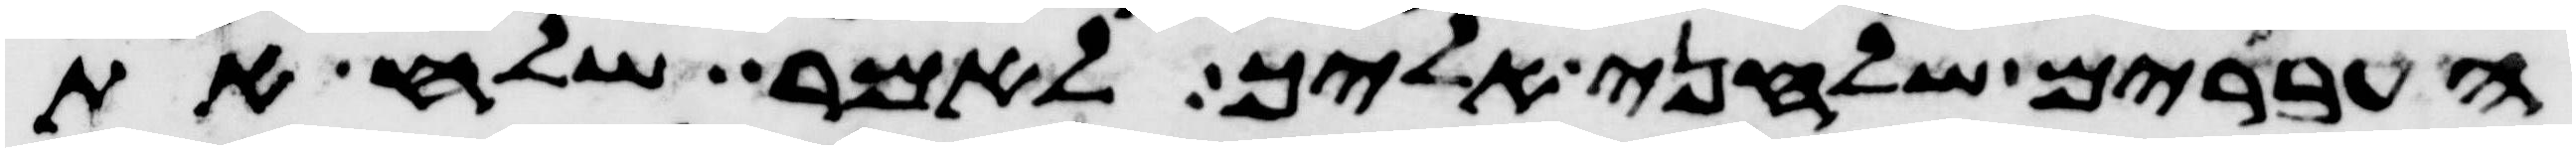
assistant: העברים שלחני אליך לאמר שלח את